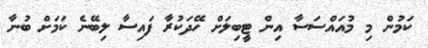
ކަމުން މި މުއައްސަސާ އިން ޓީބިލަށް ހޭދަކުރާ ފައިސާ ލިބޭނެ ކަމަށް ބުނާ